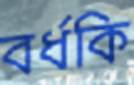
বর্ধকি